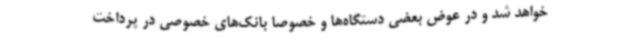
خواهد شد و در عوض بعضی دستگاه‌ها و خصوصا بانک‌های خصوصی در پرداخت